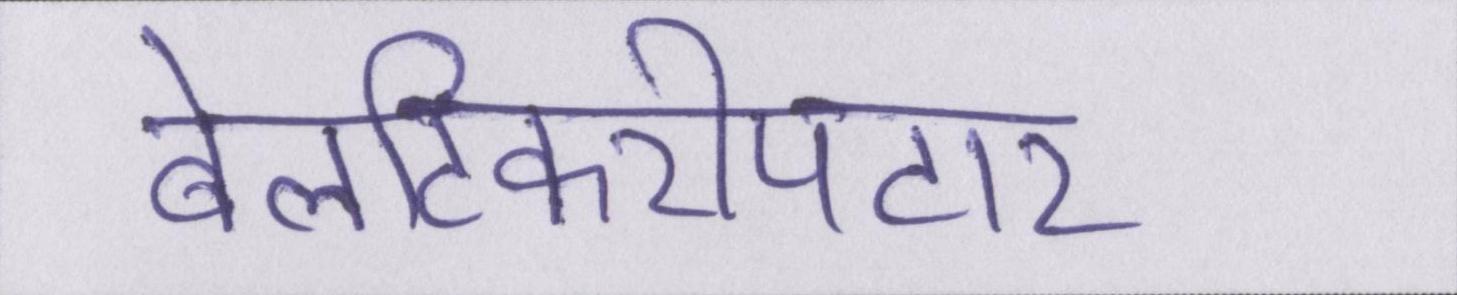
बेलटिकरीपटार